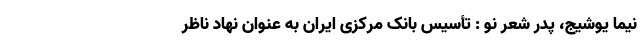
نیما یوشیج، پدر شعر نو : تأسیس بانک مرکزی ایران به عنوان نهاد ناظر